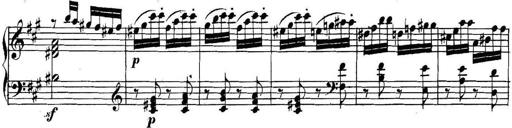
Title: Collected Piano Sonatas
Composer: Muzio Clementi